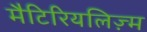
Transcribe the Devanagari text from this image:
मैटिरियलिज़्म